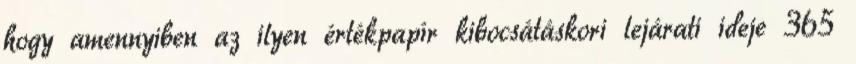
hogy amennyiben az ilyen értékpapír kibocsátáskori lejárati ideje 365